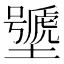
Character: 𰊽